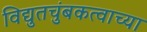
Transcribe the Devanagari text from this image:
विद्युतचुंबकत्वाच्या